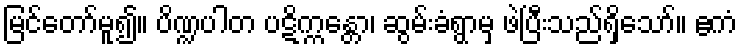
မြင်တော်မူ၍။ ပိဏ္ဍပါတ ပဋိက္ကန္တော၊ ဆွမ်းခံရွာမှ ဖဲပြီးသည်ရှိသော်။ ဧကံ